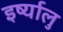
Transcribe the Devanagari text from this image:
इर्ष्यालु